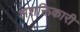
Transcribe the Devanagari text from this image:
अशक्तिकारी